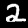
Digit: 2